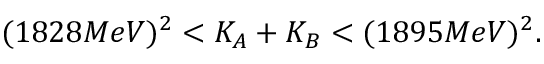
( 1 8 2 8 M e V ) ^ { 2 } < K _ { A } + K _ { B } < ( 1 8 9 5 M e V ) ^ { 2 } .